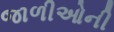
જાળીઓની